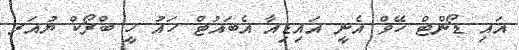
އައި ޑޯންޓް ހޭވް އެނީ އައިޑިއާ އެބައުޓް ހައު ހީ ބްރޯކް ޔުއަރ